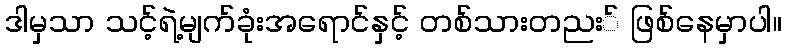
ဒါမှသာ သင့်ရဲ့မျက်ခုံးအရောင်နှင့် တစ်သားတညး် ဖြစ်နေမှာပါ။